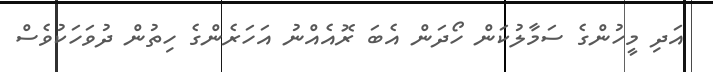
އަދި މީހުންގެ ސަމާލުކަން ހޯދަން އެބަ ރޮއެއްނު އަހަރެންގެ ހިތުން ދުވަހަކުވެސް